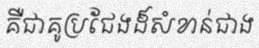
គឺជាគូប្រជែងដ៏សំខាន់ជាង